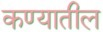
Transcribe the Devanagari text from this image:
कण्यातील